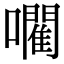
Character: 𡃦